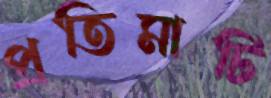
প্রতিমাটি